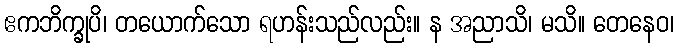
ဧကဘိက္ခုပိ၊ တယောက်သော ရဟန်းသည်လည်း။ န အညာသိ၊ မသိ။ တေနေဝ၊